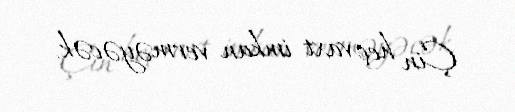
Çin heç vaxt imkan verməyəcək.